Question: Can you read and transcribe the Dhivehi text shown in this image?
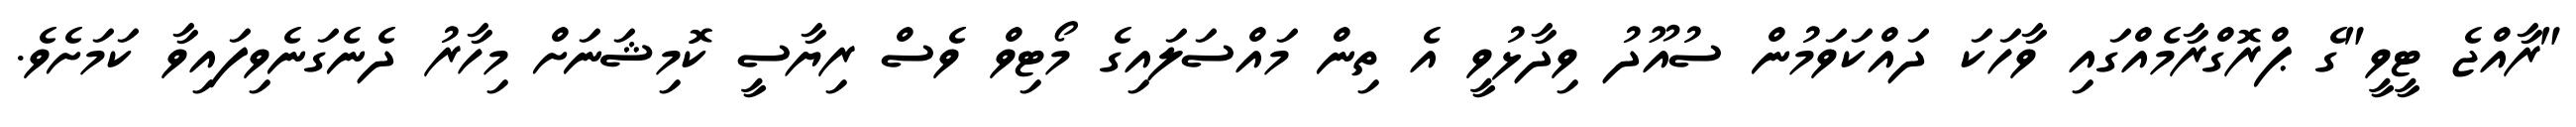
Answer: "ރާއްޖެ ޓީވީ"ގެ ޕްރޮގްރާމެއްގައި ވާހަކަ ދައްކަވަމުން ސުއޫދު ވިދާޅުވީ އެ ތިން މައްސަލައިގެ މޯޓިވް ވެސް ރިޔާސީ ކޮމިޝަނަށް މިހާރު ދެނެގަނެވިފައިވާ ކަމަށެވެ.